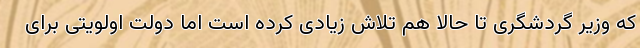
که وزیر گردشگری تا حالا هم تلاش زیادی کرده است اما دولت اولویتی برای